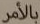
بالأمر